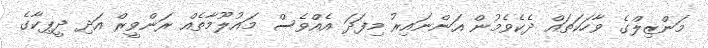
މަންޒިލްގެ ވާހަކަތައް ދެކެވެމުން އަންނައިރު މިފަދަ އެއްވެސް މައުލޫމާތެއް ރަންވީރް އަދި ދީޕިކާގެ